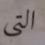
التي